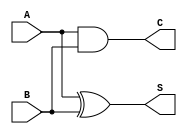
module half_adder (
    input  [0:0] A, B,
    output [0:0] S, C
);
 
    assign S = A ^ B;
    assign C = A & B;
    
endmodule

module full_adder (
    input  A, B, Cin,
    output Soma, Cout
);
 
    wire Carry_1, Carry_2, Soma_1; 
    half_adder U1 (A, B, Soma_1, Carry_1);
    half_adder U2 (Cin, Soma_1, Soma, Carry_2);
    or           U3 (Cout, Carry_1, Carry_2);
    endmodule

module soma(

    input [15:0] A, B,
    output [15:0]C,
    output [0:0] overflow

); 

    wire [15:0] D;
    assign overflow = D[14] ^ D[15];

    full_adder S0(A[0],B[0],1'b0,C[0],D[0]);
    full_adder S1(A[1],B[1],D[0],C[1],D[1]);
    full_adder S2(A[2],B[2],D[1],C[2],D[2]);
    full_adder S3(A[3],B[3],D[2],C[3],D[3]);
    full_adder S4(A[4],B[4],D[3],C[4],D[4]);
    full_adder S5(A[5],B[5],D[4],C[5],D[5]);
    full_adder S6(A[6],B[6],D[5],C[6],D[6]);
    full_adder S7(A[7],B[7],D[6],C[7],D[7]);
    full_adder S8(A[8],B[8],D[7],C[8],D[8]);
    full_adder S9(A[9],B[9],D[8],C[9],D[9]);
    full_adder S10(A[10],B[10],D[9],C[10],D[10]);
    full_adder S11(A[11],B[11],D[10],C[11],D[11]);
    full_adder S12(A[12],B[12],D[11],C[12],D[12]);
    full_adder S13(A[13],B[13],D[12],C[13],D[13]);
    full_adder S14(A[14],B[14],D[13],C[14],D[14]);
    full_adder S15(A[15],B[15],D[14],C[15],D[15]);

endmodule